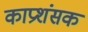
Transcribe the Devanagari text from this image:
काप्रशंसक